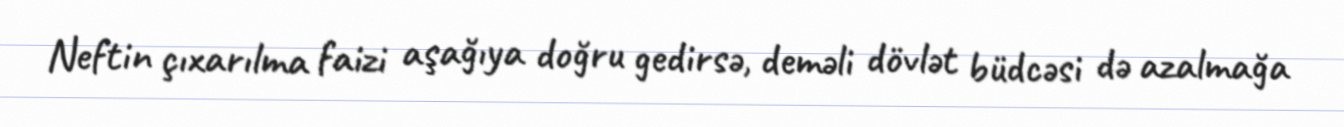
Neftin çıxarılma faizi aşağıya doğru gedirsə, deməli dövlət büdcəsi də azalmağa